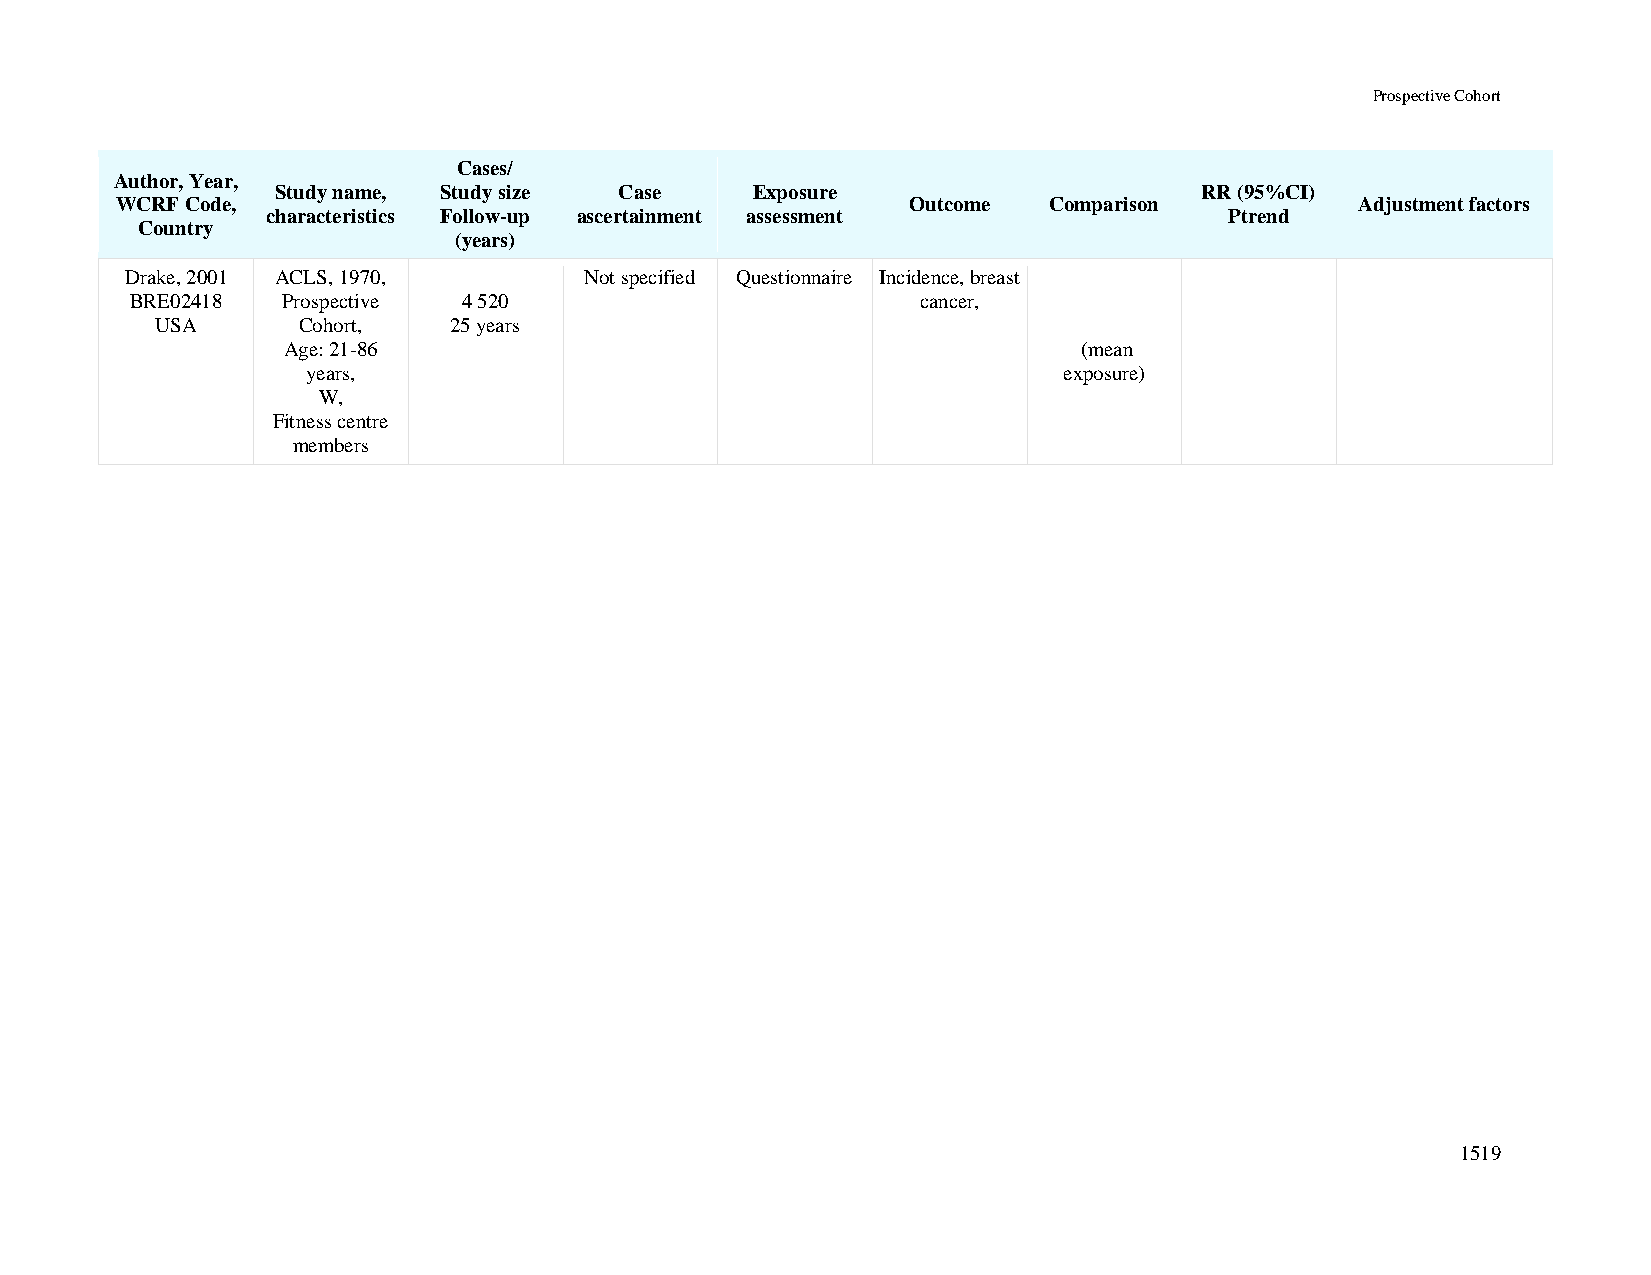
Prospective Cohort
 Cases/
 Author, Year,
 Study name, Study size Case     Exposure                     RR (95%CI)
 WCRF Code,                                          Outcome  Comparison           Adjustment factors
 characteristics Follow-up ascertainment assessment             Ptrend
 Country
 (years)
 Drake, 2001 ACLS, 1970,        Not specified Questionnaire Incidence, breast
 BRE02418  Prospective 4 520                         cancer,
 USA       Cohort,   25 years
 Age: 21-86                                           (mean
 years,                                            exposure)
 W,
 Fitness centre
 members
 1519